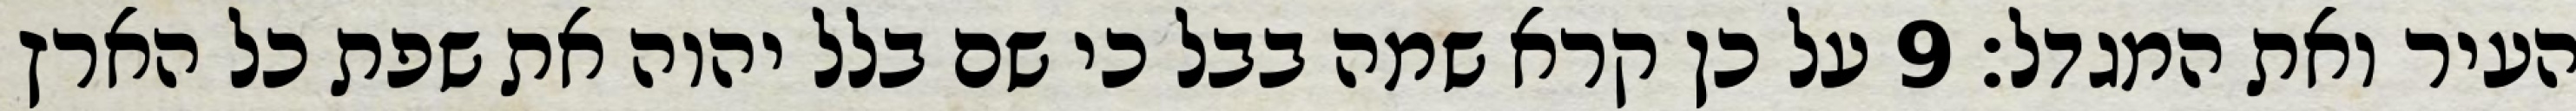
העיר ואת המגדל׃ ‎9‏ על כן קרא שמה בבל כי שם בלל יהוה את שפת כל הארץ